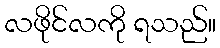
လဖိုင်လကို ရသည်။